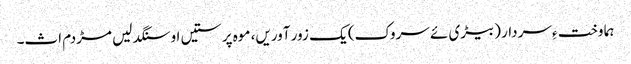
ہما وخت ءِ سردار (بیڑی ئے سروک) یک زور آوریں، موہ پرستیں او سنگدلیں مڑدم اث۔